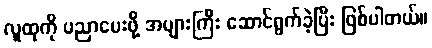
လူထုကို ပညာပေးဖို့ အများကြီး ဆောင်ရွက်ခဲ့ပြီး ဖြစ်ပါတယ်။